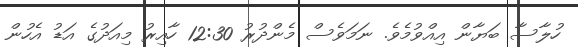
ހުލާސާ ބަޔާން އިއްވުމެވެ. ނަމަވެސް މެންދުރު 12:30 ހާއިރު މިއަދުގެ އަޑު އެހުން